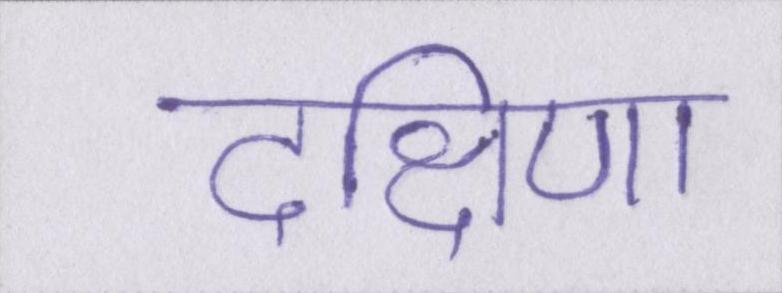
दक्षिणा